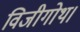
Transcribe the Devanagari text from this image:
विजीगोथ।